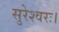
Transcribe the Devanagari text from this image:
सुरेश्वरः।